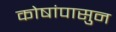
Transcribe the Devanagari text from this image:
कोषांपासुन